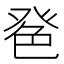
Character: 𦫔